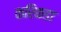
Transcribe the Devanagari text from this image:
करिकडा